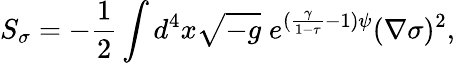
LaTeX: S_{\sigma}=-\frac{1}{2}\int d^{4}x\sqrt{-g}\; e^{(\frac{\gamma}{1-\tau}-1)\psi}(\nabla\sigma)^{2},